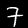
Digit: 7